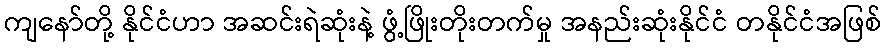
ကျနော်တို့ နိုင်ငံဟာ အဆင်းရဲဆုံးနဲ့ ဖွံ့ဖြိုးတိုးတက်မှု အနည်းဆုံးနိုင်ငံ တနိုင်ငံအဖြစ်